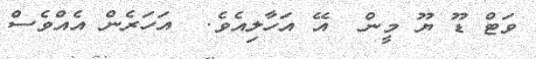
ވަޓް ޑޫ ޔޫ މީން  އޭ އަހާލިއެވެ.  އަހަރެން އެއްވެސް